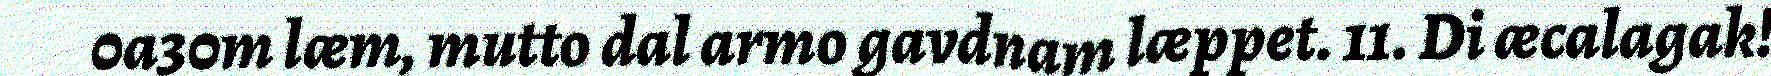
0a30m læm, mutto dal armo gavdnam læppet. 11. Di æcalagak!